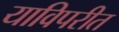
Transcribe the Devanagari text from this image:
याविपरीत